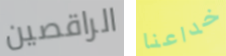
الراقصين خداعنا